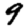
Digit: 9